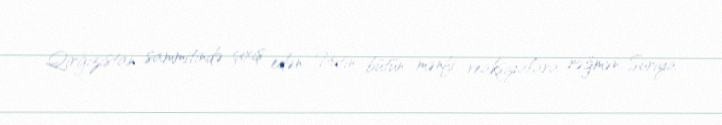
Qirğızıstan sammitində çıxış edən Putin bütün mənfi reaksiyalara rəğmən, Suriya